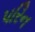
પરિન